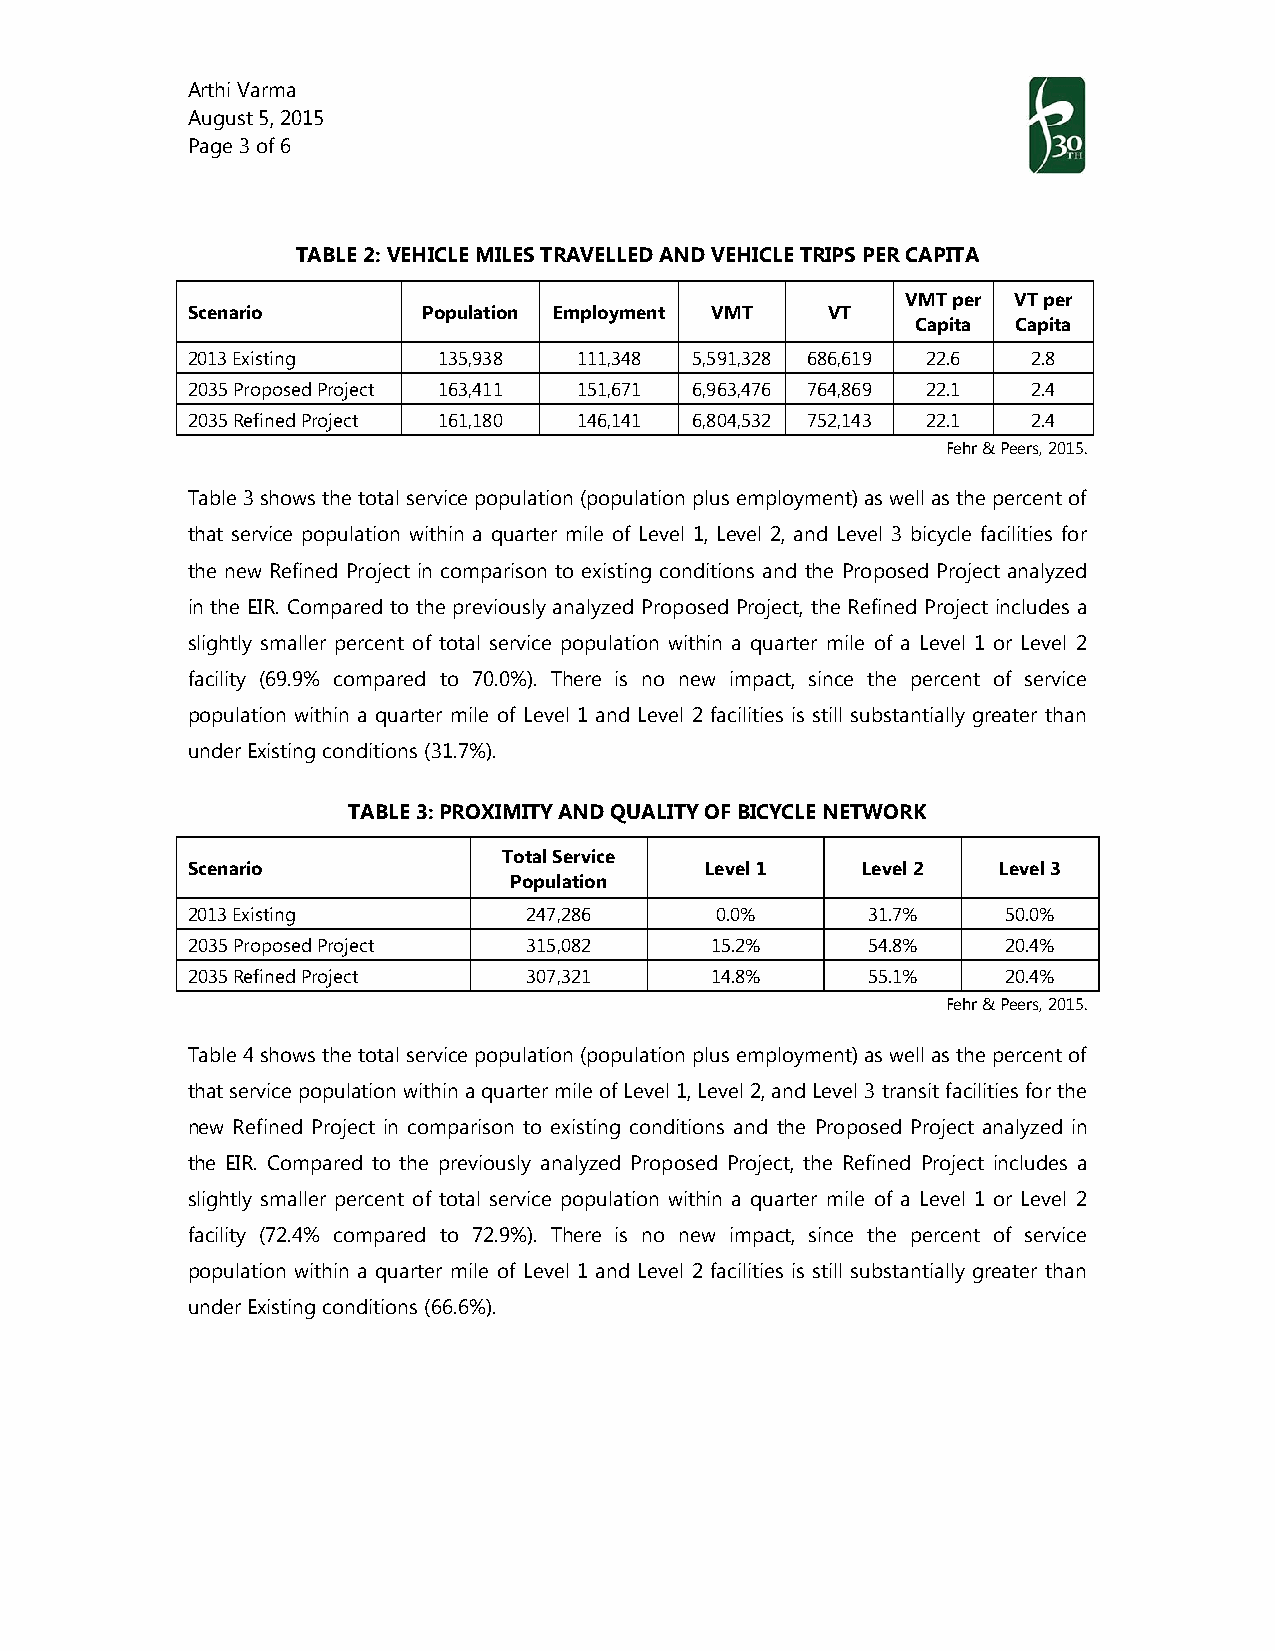
Arthi Varma
 August 5, 2015
 Page 3 of 6
 TABLE 2: VEHICLE MILES TRAVELLED AND VEHICLE TRIPS PER CAPITA
 VMT per VT per
 Scenario        Population Employment VMT  VT
 Capita Capita
 2013 Existing    135,938  111,348 5,591,328 686,619 22.6 2.8
 2035 Proposed Project 163,411 151,671 6,963,476 764,869 22.1 2.4
 2035 Refined Project 161,180 146,141 6,804,532 752,143 22.1 2.4
 Fehr & Peers, 2015.
 Table 3 shows the total service population (population plus employment) as well as the percent of
 that service population within a quarter mile of Level 1, Level 2, and Level 3 bicycle facilities for
 the new Refined Project in comparison to existing conditions and the Proposed Project analyzed
 in the EIR. Compared to the previously analyzed Proposed Project, the Refined Project includes a
 slightly smaller percent of total service population within a quarter mile of a Level 1 or Level 2
 facility (69.9% compared to 70.0%). There is no new impact, since the percent of service
 population within a quarter mile of Level 1 and Level 2 facilities is still substantially greater than
 under Existing conditions (31.7%).
 TABLE 3: PROXIMITY AND QUALITY OF BICYCLE NETWORK
 Total Service
 Scenario                           Level 1   Level 2  Level 3
 Population
 2013 Existing          247,286     0.0%      31.7%     50.0%
 2035 Proposed Project  315,082     15.2%     54.8%     20.4%
 2035 Refined Project   307,321     14.8%     55.1%     20.4%
 Fehr & Peers, 2015.
 Table 4 shows the total service population (population plus employment) as well as the percent of
 that service population within a quarter mile of Level 1, Level 2, and Level 3 transit facilities for the
 new Refined Project in comparison to existing conditions and the Proposed Project analyzed in
 the EIR. Compared to the previously analyzed Proposed Project, the Refined Project includes a
 slightly smaller percent of total service population within a quarter mile of a Level 1 or Level 2
 facility (72.4% compared to 72.9%). There is no new impact, since the percent of service
 population within a quarter mile of Level 1 and Level 2 facilities is still substantially greater than
 under Existing conditions (66.6%).